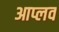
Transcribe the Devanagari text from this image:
आप्लव